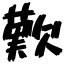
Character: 歎